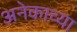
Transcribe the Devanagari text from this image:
अनेकाच्या